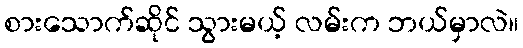
စားသောက်ဆိုင် သွားမယ့် လမ်းက ဘယ်မှာလဲ။